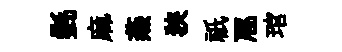
㲲麻燕狹祇豗琯